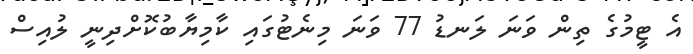
އެ ޓީމުގެ ތިން ވަނަ ލަނޑު 77 ވަނަ މިނެޓުގައި ކާމިޔާބުކޮށްދިނީ ލުއިސް